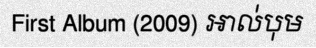
First Album (2009) អាល់បុម